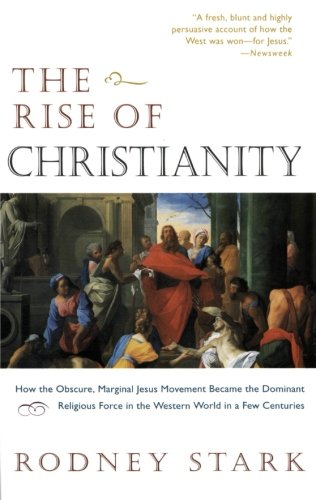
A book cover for The Rise of Christianity: How the Obscure, Marginal Jesus Movement Became the Dominant Religious Force in the Western World in a Few Centuries; Rodney Stark; History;